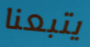
يتبعنا